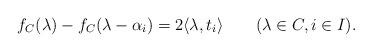
LaTeX: \begin{align*}f_C(\lambda)-f_C(\lambda-\alpha_i)=2\langle\lambda,t_i\rangle\qquad(\lambda\in C,i\in I).\end{align*}